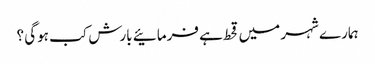
ہمارے شہر میں قحط ہے فرمائیے بارش کب ہوگی ؟